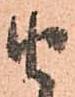
由